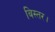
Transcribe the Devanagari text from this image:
बिस्तर।